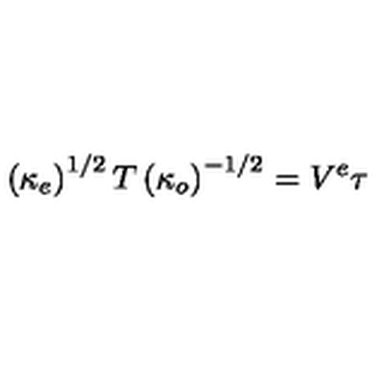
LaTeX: \left( \kappa _ { e } \right) ^ { 1 / 2 } T \left( \kappa _ { o } \right) ^ { - 1 / 2 } = V ^ { e } \tau